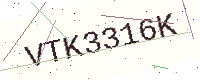
Text: VTK3316K